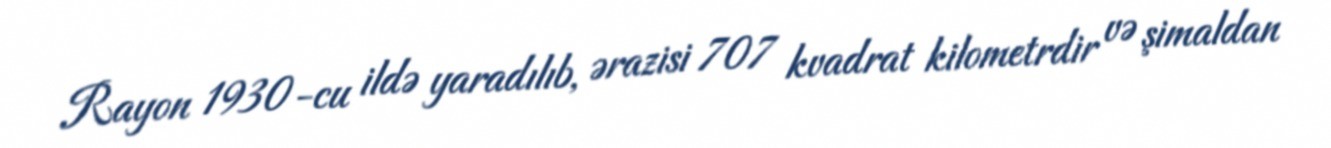
Rayon 1930-cu ildə yaradılıb, ərazisi 707 kvadrat kilometrdir və şimaldan